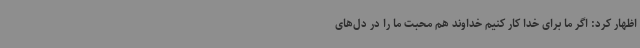
اظهار کرد: اگر ما برای خدا کار کنیم خداوند هم محبت ما را در دل‌های